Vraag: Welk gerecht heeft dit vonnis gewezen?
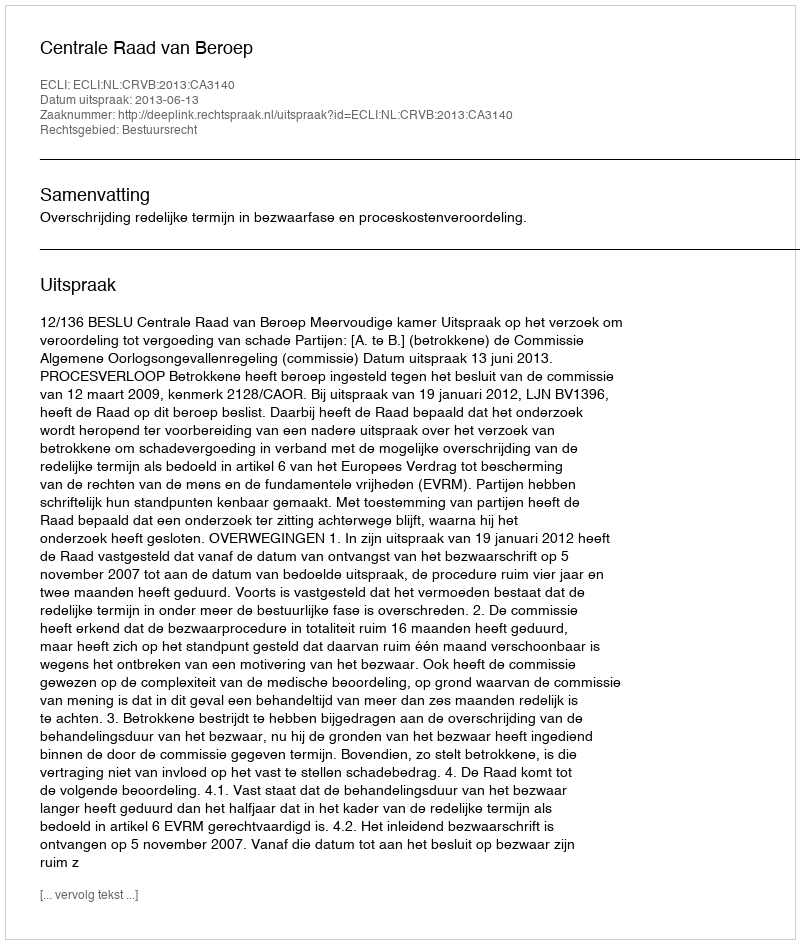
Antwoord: Centrale Raad van Beroep